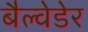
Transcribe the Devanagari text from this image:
बैल्वेडेर